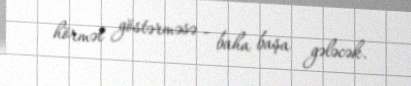
hörmət göstərməsə - baha başa gələcək.